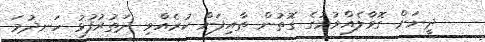
ދީނަށް ގޮވާލެއްވުމުގެ ގޮތުން ޠާއިފަށް ކުރެއްވި ދަތުރުފުޅު ހަނދުމަ